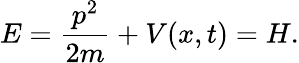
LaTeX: E={\frac{p^{2}}{2m}}+V(x,t)=H.